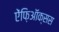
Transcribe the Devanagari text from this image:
ऐंफ़िऑक्सस